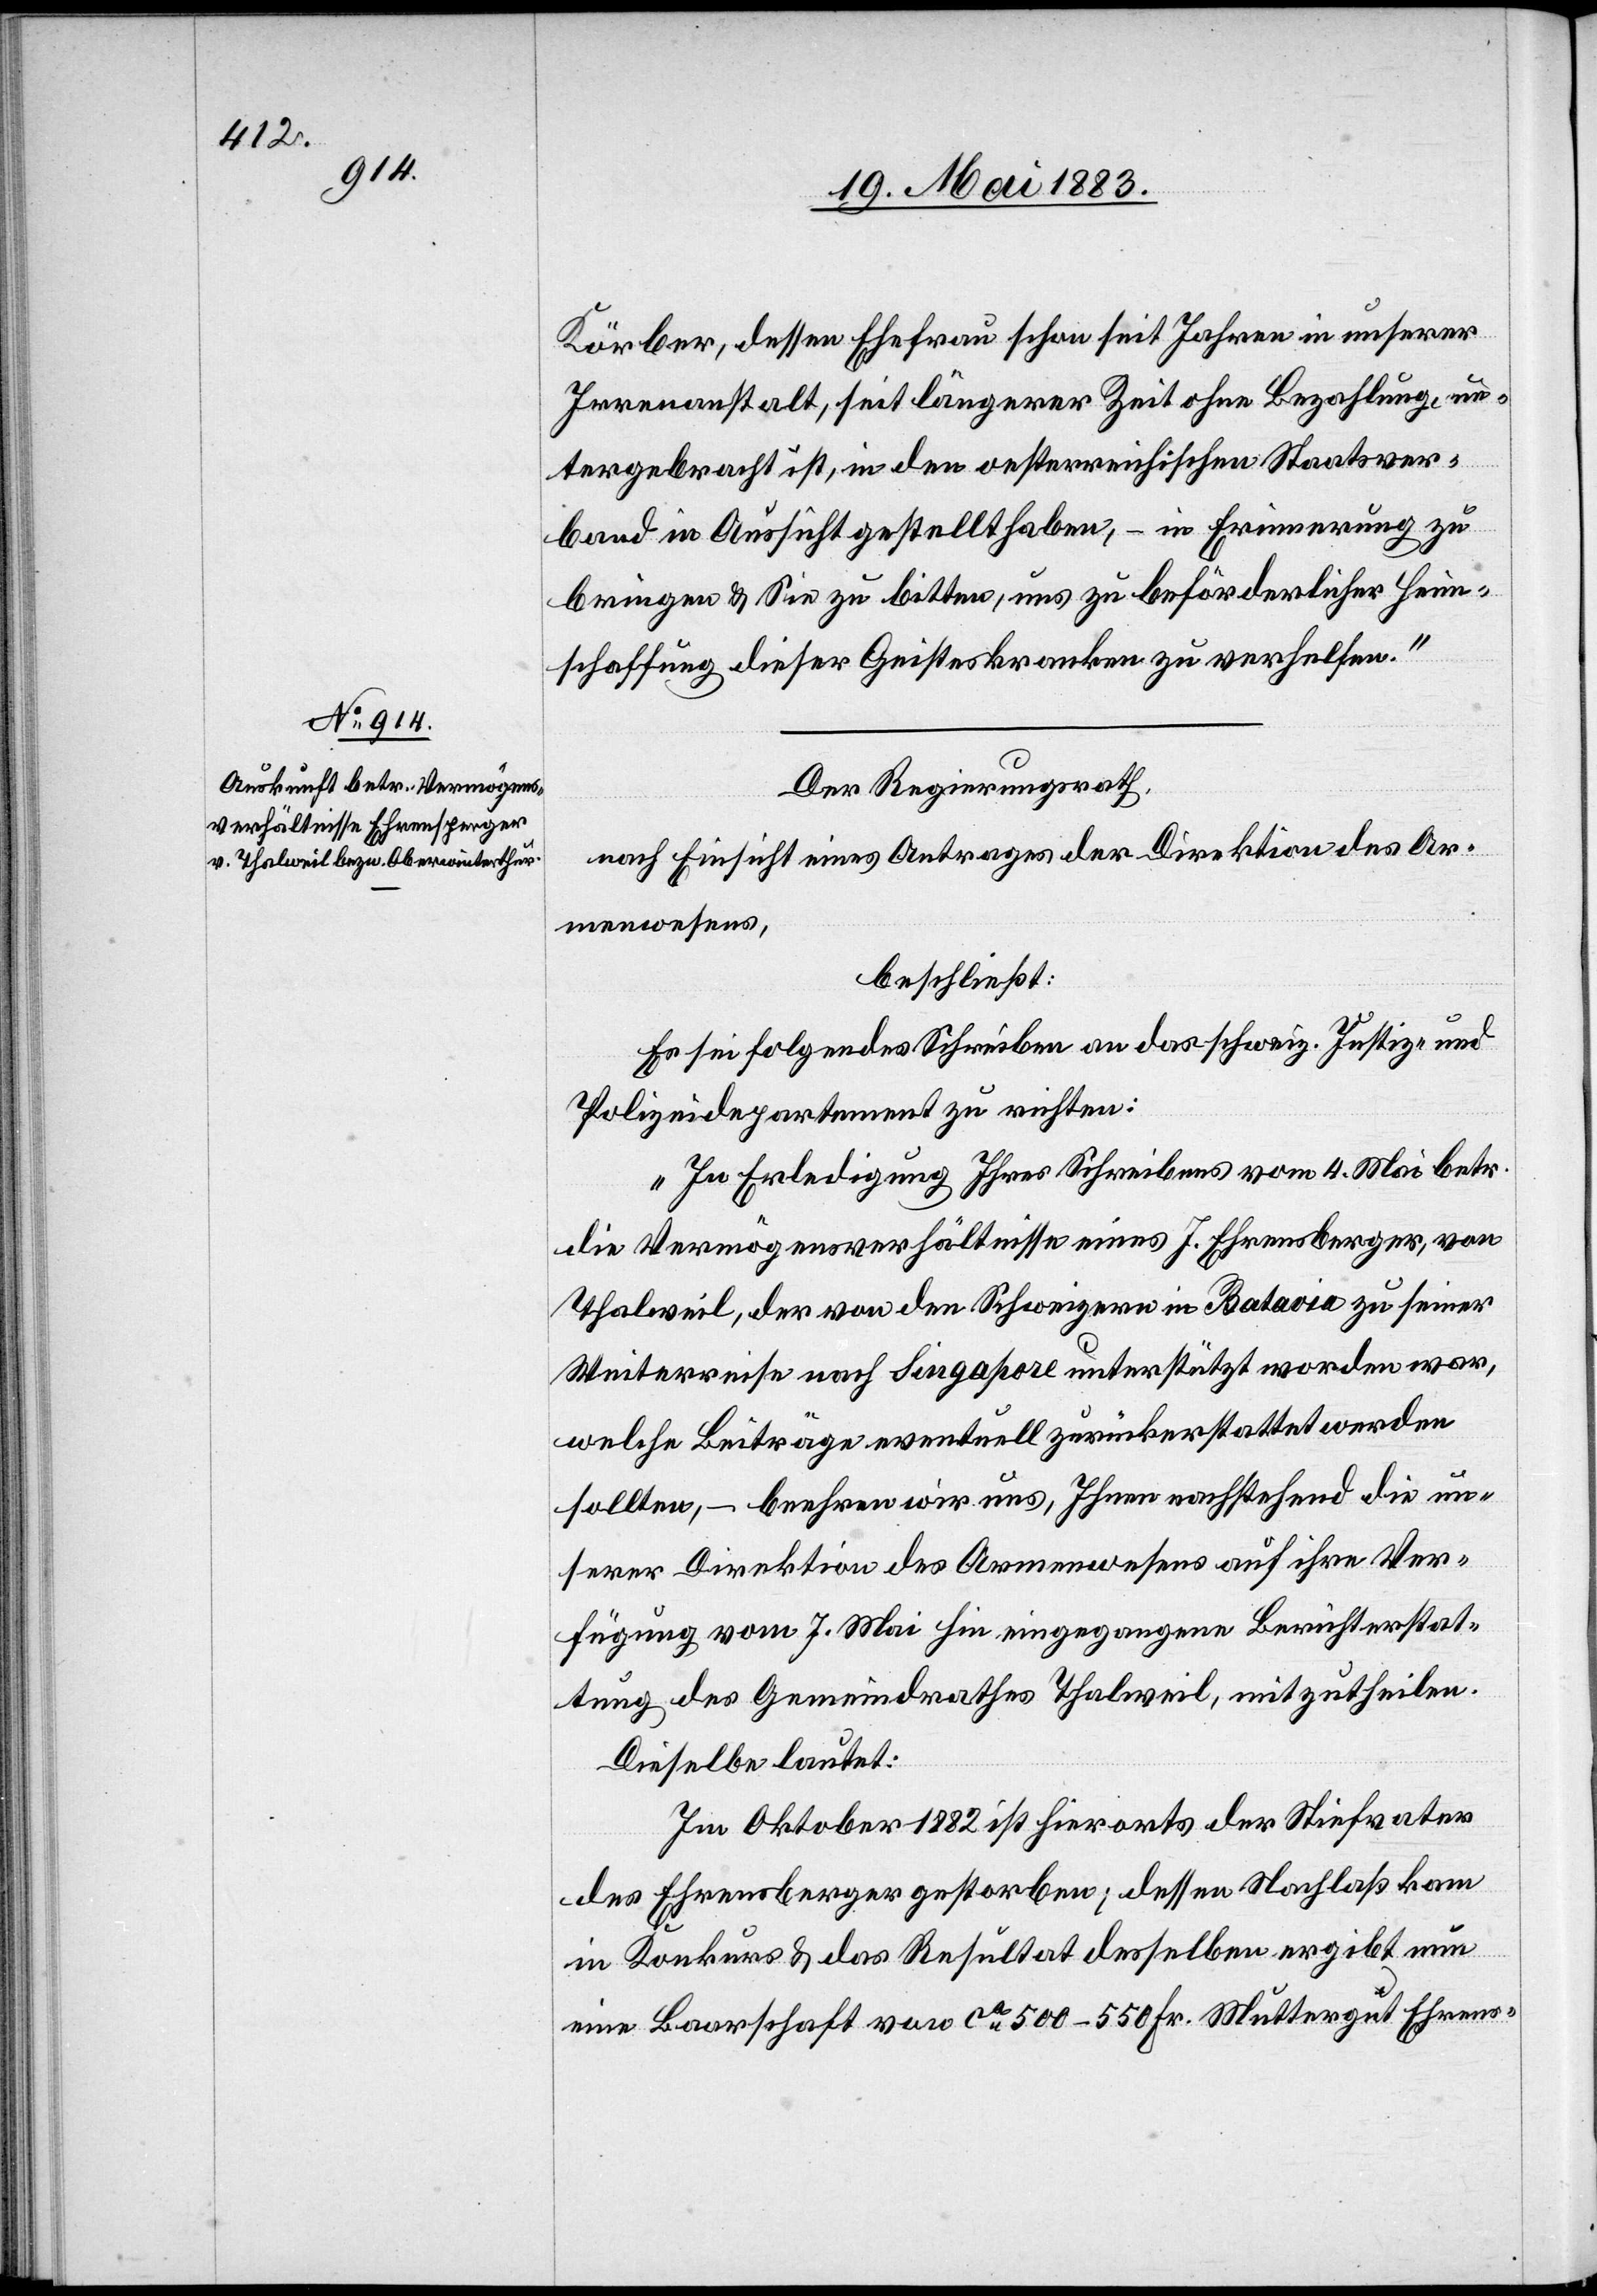
Körber, dessen Ehefrau schon seit Jahren in unserer
Irrenanstalt, seit längerer Zeit ohne Bezahlung, un¬
tergebracht ist, in den oesterreichischen Staatsver¬
band in Aussicht gesellt haben, – in Erinnerung zu
bringen & sie zu bitten, uns zu beförderlicher Heim¬
schaffung dieser Geisteskranken zu verhelfen.“
Der Regierungsrath,
nach Einsicht eines Antrages der Direktion des Ar¬
menwesens,
beschließt:
Es sei folgendes Schreiben an das schweiz. Justiz- &
Polizeidepartement zu richten:
„In Erledigung Ihres Schreibens vom 4. Mai betr.
die Vermögensverhältnisse eines J. Ehrensberger, von
Thalweil, der von den Schweizern in Batavia zu seiner
Weiterreise nach Singapore unterstützt worden war,
welche Beiträge eventuell zurückerstattet werden
sollten, – beehren wir uns, Ihnen nachstehend die un¬
serer Direktion des Armenwesens auf ihre Ver¬
fügung vom 7. Mai hin eingegangene Berichterstat¬
tung des Gemeindrathes Thalweil, mitzutheilen.
Dieselbe lautet:
Im Oktober 1882 ist hierorts der Stiefvater
des Ehrensberger gestorben; dessen Nachlaß kam
in Konkurs & das Resultat desselben ergibt nun
eine Baarschaft von ca 500–550 Fr. Muttergut Ehrens-